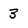
Character: 3